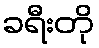
ခရီးတို